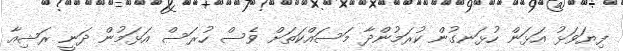
ފިޔަވަޅު އަޅަން ހުޅަނގުން ކުރަމުންދާ މަސައްކަތަށް ވެސް ހުރަސް އަޅަމުން ދަނީ ރަޝިއާ